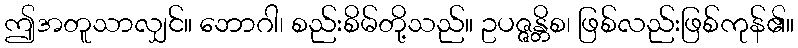
ဤအတူသာလျှင်။ ဘောဂါ၊ စည်းစိမ်တို့သည်။ ဥပဇ္ဇန္တိစ၊ ဖြစ်လည်းဖြစ်ကုန်၏။